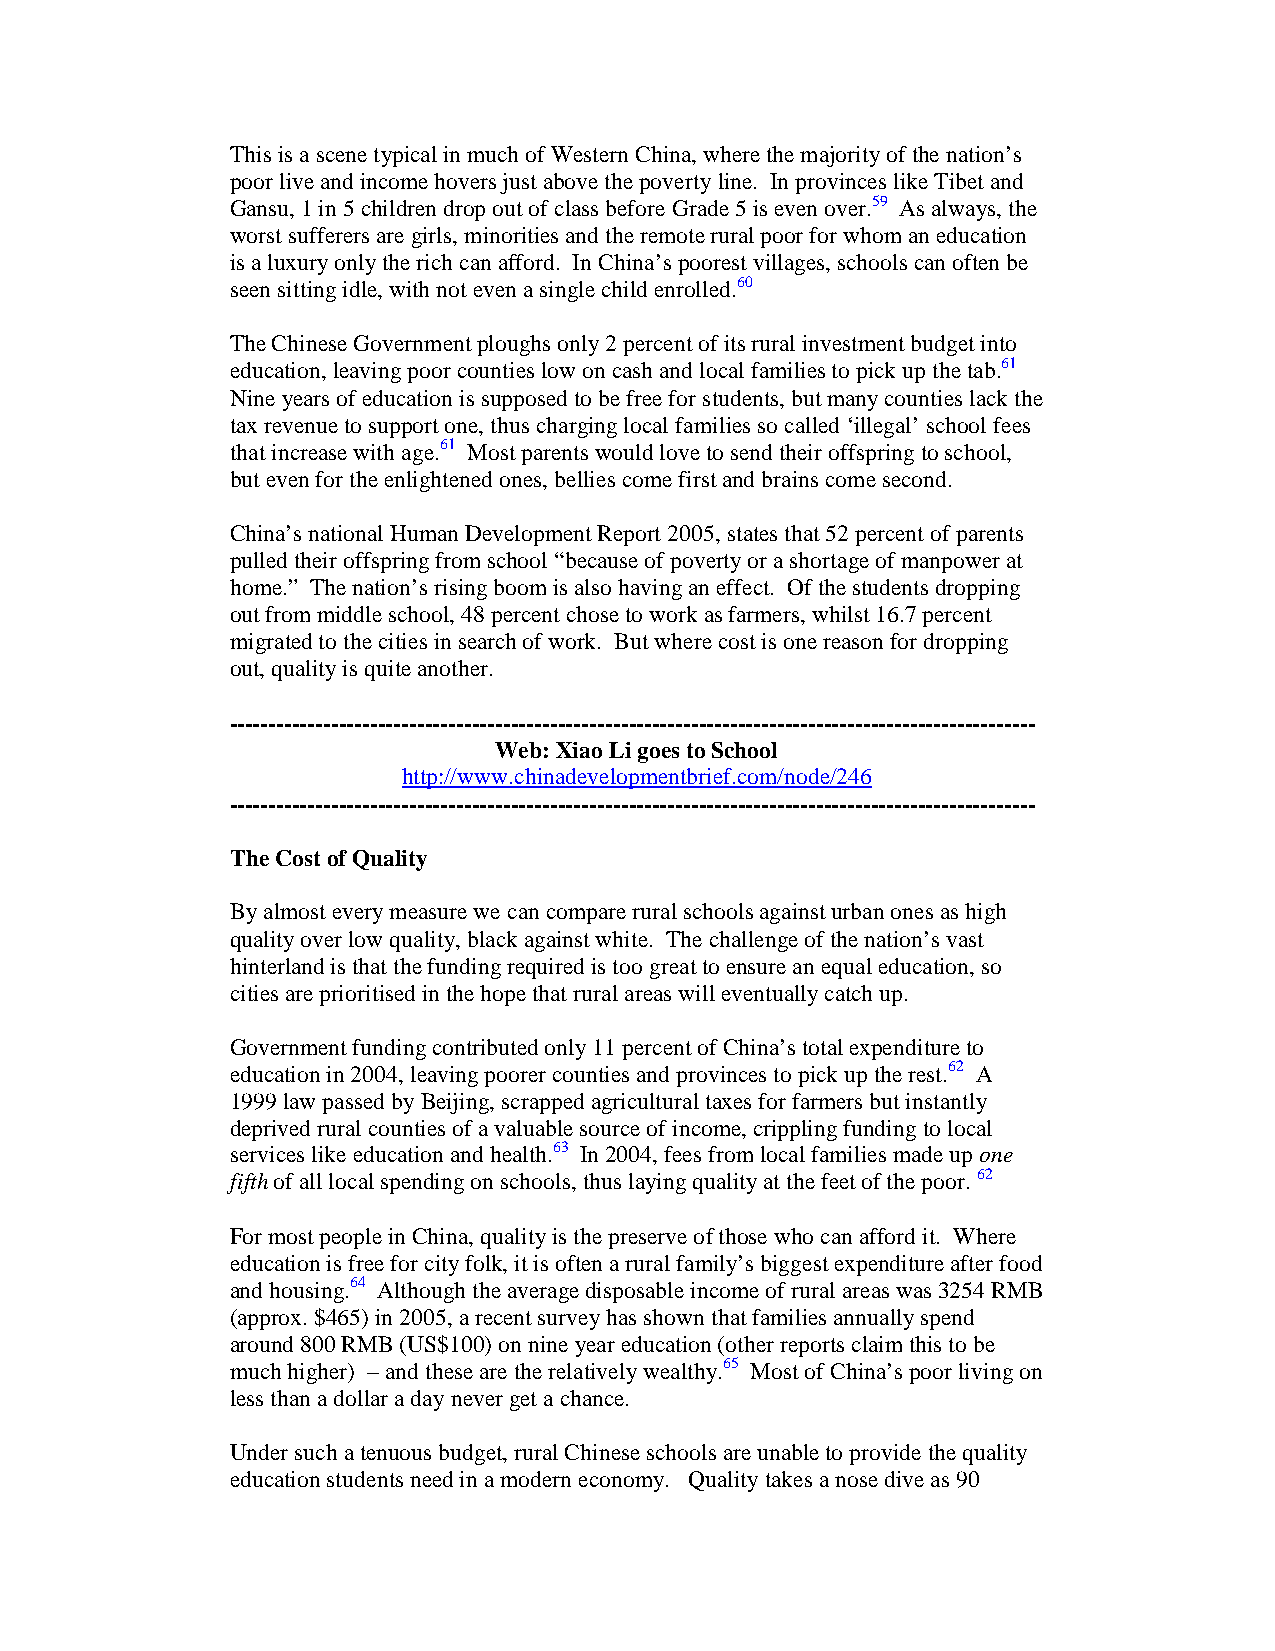
This is a scene typical in much of Western China, where the majority of the nation’s
 poor live and income hovers just above the poverty line. In provinces like Tibet and
 Gansu, 1 in 5 children drop out of class before Grade 5 is even over.59 As always, the
 worst sufferers are girls, minorities and the remote rural poor for whom an education
 is a luxury only the rich can afford. In China’s poorest villages, schools can often be
 seen sitting idle, with not even a single child enrolled.60
 The Chinese Government ploughs only 2 percent of its rural investment budget into
 education, leaving poor counties low on cash and local families to pick up the tab.61
 Nine years of education is supposed to be free for students, but many counties lack the
 tax revenue to support one, thus charging local families so called ‘illegal’ school fees
 that increase with age.61 Most parents would love to send their offspring to school,
 but even for the enlightened ones, bellies come first and brains come second.
 China’s national Human Development Report 2005, states that 52 percent of parents
 pulled their offspring from school “because of poverty or a shortage of manpower at
 home.” The nation’s rising boom is also having an effect. Of the students dropping
 out from middle school, 48 percent chose to work as farmers, whilst 16.7 percent
 migrated to the cities in search of work. But where cost is one reason for dropping
 out, quality is quite another.
 -------------------------------------------------------------------------------------------------------
 Web: Xiao Li goes to School
 http://www.chinadevelopmentbrief.com/node/246
 -------------------------------------------------------------------------------------------------------
 The Cost of Quality
 By almost every measure we can compare rural schools against urban ones as high
 quality over low quality, black against white. The challenge of the nation’s vast
 hinterland is that the funding required is too great to ensure an equal education, so
 cities are prioritised in the hope that rural areas will eventually catch up.
 Government funding contributed only 11 percent of China’s total expenditure to
 education in 2004, leaving poorer counties and provinces to pick up the rest.62 A
 1999 law passed by Beijing, scrapped agricultural taxes for farmers but instantly
 deprived rural counties of a valuable source of income, crippling funding to local
 services like education and health.63 In 2004, fees from local families made up one
 fifth of all local spending on schools, thus laying quality at the feet of the poor. 62
 For most people in China, quality is the preserve of those who can afford it. Where
 education is free for city folk, it is often a rural family’s biggest expenditure after food
 and housing.64 Although the average disposable income of rural areas was 3254 RMB
 (approx. $465) in 2005, a recent survey has shown that families annually spend
 around 800 RMB (US$100) on nine year education (other reports claim this to be
 much higher) – and these are the relatively wealthy.65 Most of China’s poor living on
 less than a dollar a day never get a chance.
 Under such a tenuous budget, rural Chinese schools are unable to provide the quality
 education students need in a modern economy. Quality takes a nose dive as 90